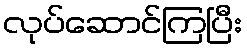
လုပ်ဆောင်ကြပြီး